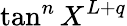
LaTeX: \tan^{n}X^{L+q}